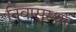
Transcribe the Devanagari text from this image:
निवासस्थन